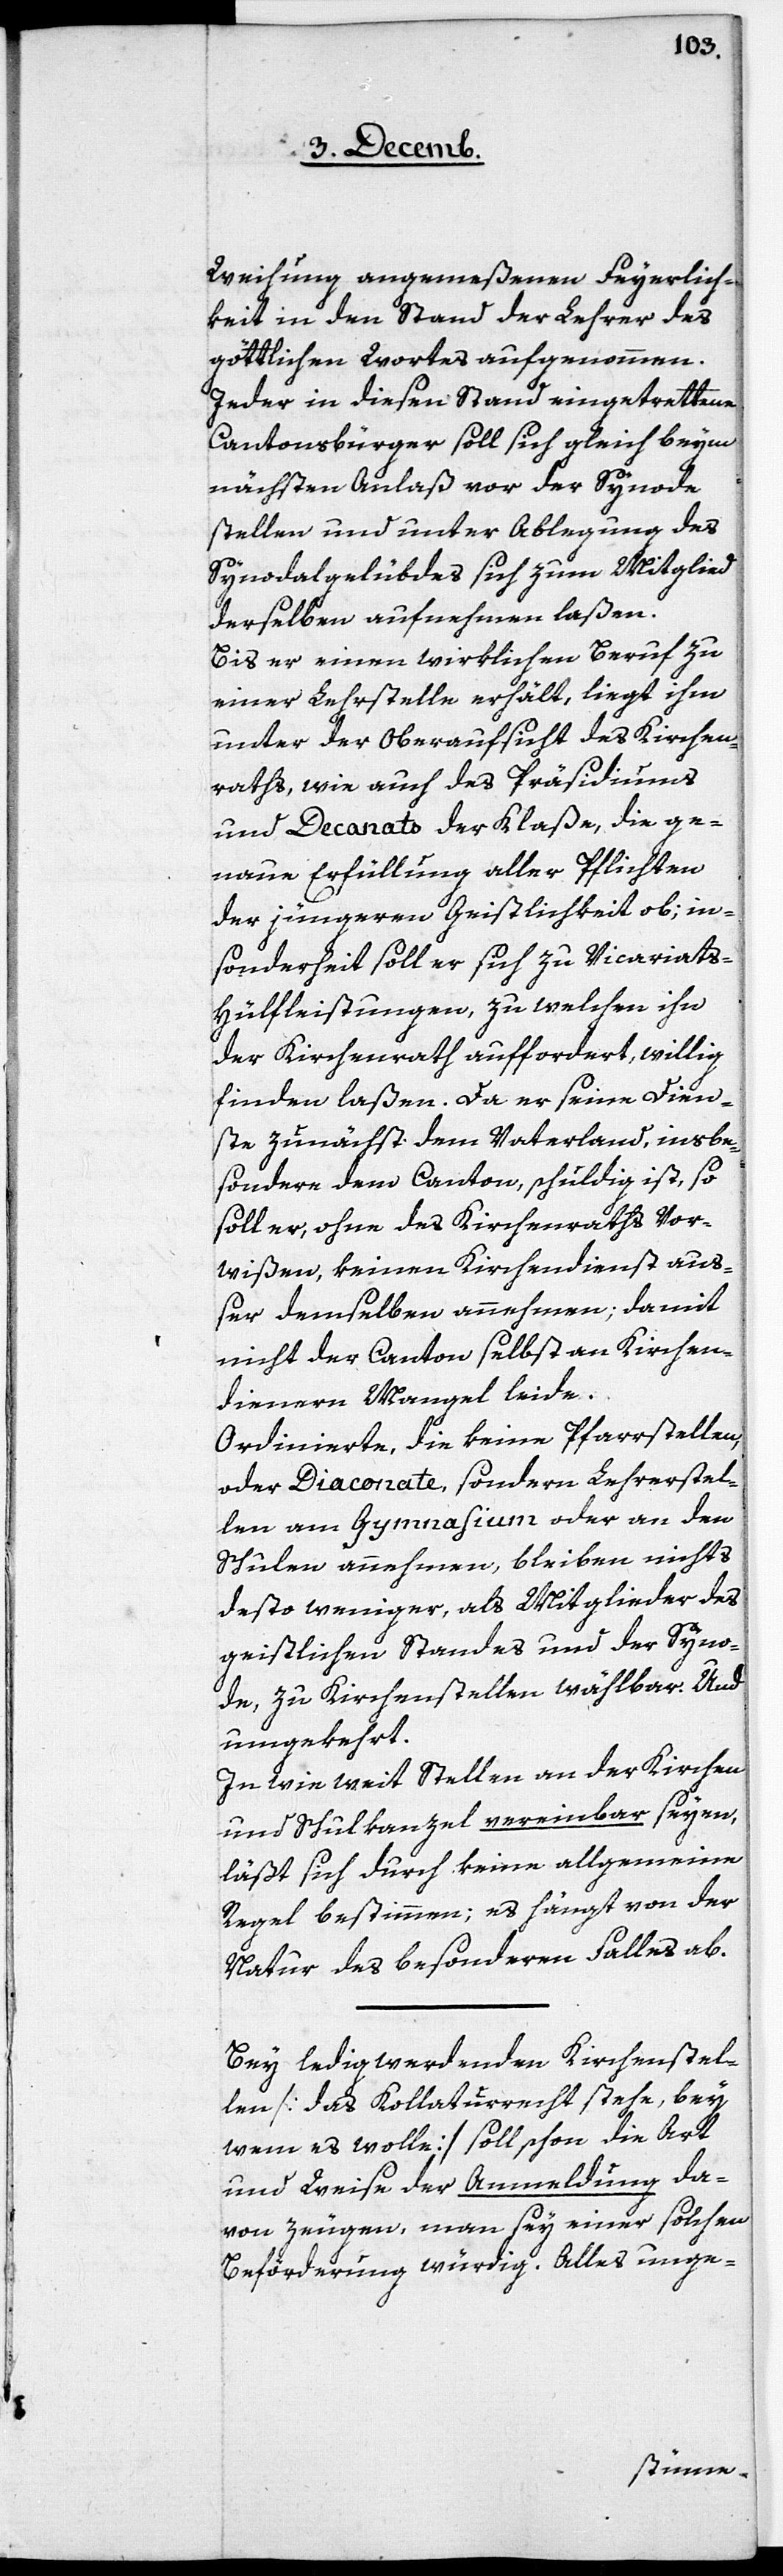
Weisung angemeßenen Feyerlich¬
keit in den Stand der Lehrer des
göttlichen Wortes aufgenommen.
Jeder in diesen Stand eingetrettene
Cantonsbürger soll sich gleich beym
nächsten Anlaß vor der Synode
stellen und unter Ablegung des
Synodalgelübdes sich zum Mitglied
derselben aufnehmen laßen.
Bis er einen wirklichen Beruf zu
einer Lehrstelle erhält, liegt ihm
unter der Oberaufsicht des Kirchen¬
raths, wie auch des Präsidiums
und Decanats der Klaße, die ge¬
naue Erfüllung aller Pflichten
der jüngeren Geistlichkeit ob; in
sonderheit soll er sich zu Vicariats-H¬
ülfleistungen, zu welchen ihn
der Kirchenrath auffordert, willig
finden laßen. Da er seine Dien¬
ste zunächst dem Vaterland, insbe¬
sondere dem Canton, schuldig ist, so
soll er, ohne des Kirchenraths Vor¬
wißen, keinen Kirchendienst auß¬
er demselben annehmen; damit
nicht der Canton selbst an Kirchen¬
dienern Mangel leide.
Ordinierte, die keine Pfarrstellen,
oder Diaconate, sondern Lehrerstel¬
len am Gymnasium oder an den
Schulen annehmen, bleiben nichts
desto weniger, als Mitglieder des
geistlichen Standes und der Syno¬
de, zu Kirchenstellen wählbar. Und
umgekehrt.
In wie weit Stellen an der Kirchen[-]
und Schulkanzel vereinbar seyen,
läßt sich durch keine allgemeine
Regel bestimmen; es hängt von der
Natur des besonderen Falles ab.
Bey ledig werdenden Kirchenstel¬
len [das Kollaturrecht stehe, bey
wem es wolle], soll schon die Art
und Weise der Anmeldung da¬
von zeugen, man sey einer solchen
Beförderung würdig. Alles unge-